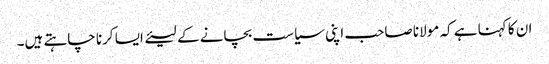
ان کا کہنا ہے کہ مولانا صاحب اپنی سیاست بچانے کے لیئے ایسا کرنا چاہتے ہیں۔